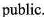
public